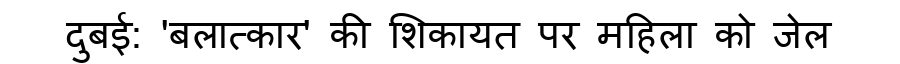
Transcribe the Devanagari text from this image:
दुबई: 'बलात्कार' की शिकायत पर महिला को जेल